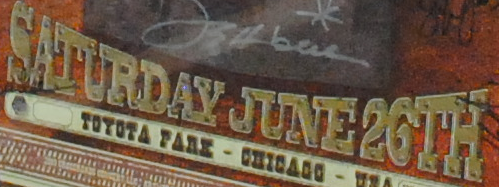
SATURDAY JUNE26TH